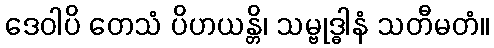
ဒေဝါပိ တေသံ ပိဟယန္တိ၊ သမ္ဗုဒ္ဓါနံ သတီမတံ။